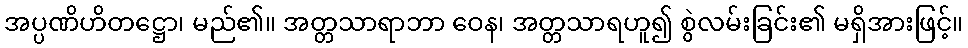
အပ္ပဏိဟိတဋ္ဌော၊ မည်၏။ အတ္တသာရာဘာ ဝေန၊ အတ္တသာရဟူ၍ စွဲလမ်းခြင်း၏ မရှိအားဖြင့်။